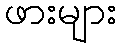
ဖားများ